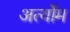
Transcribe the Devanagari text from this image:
अर्त्योम